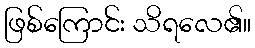
ဖြစ်ကြောင်း သိရလေ၏။